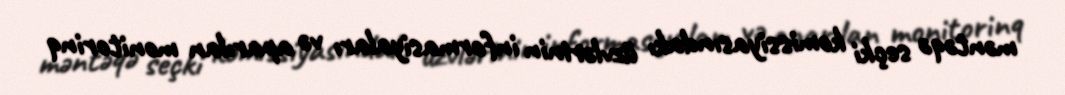
məntəqə seçki komissiyasındakı üzvlərinin informasiyaları və aparılan monitorinq